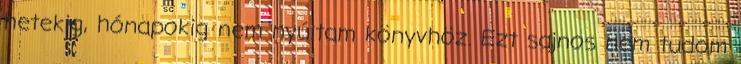
hetekig, hónapokig nem nyúltam könyvhöz. Ezt sajnos nem tudom